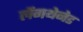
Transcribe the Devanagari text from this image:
लेंगथेनेड